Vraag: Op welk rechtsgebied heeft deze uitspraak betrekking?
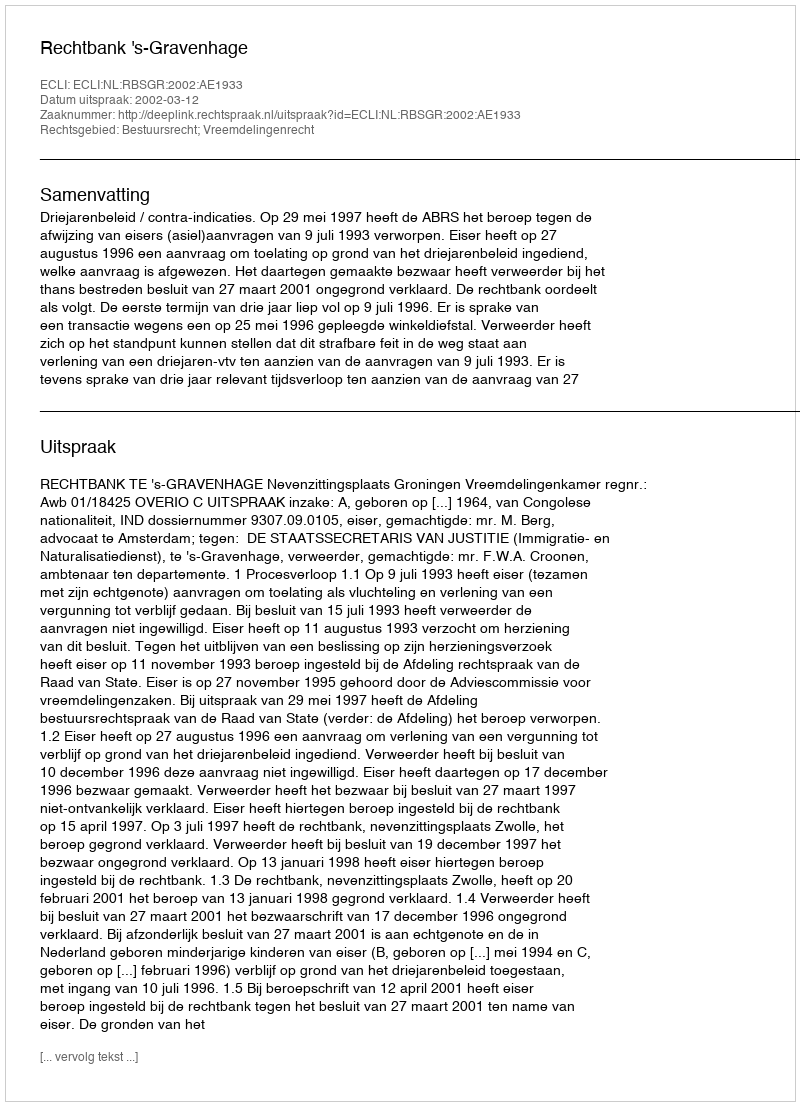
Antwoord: Bestuursrecht; Vreemdelingenrecht